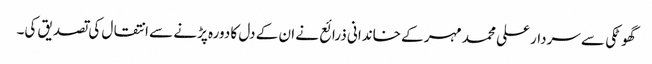
گھوٹکی سے سردار علی محمد مہر کے خاندانی ذرائع نے ان کے دل کا دورہ پڑنے سے انتقال کی تصدیق کی۔